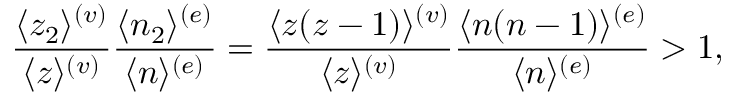
{ \frac { \langle z _ { 2 } \rangle ^ { ( v ) } } { \langle z \rangle ^ { ( v ) } } } { \frac { \langle n _ { 2 } \rangle ^ { ( e ) } } { \langle n \rangle ^ { ( e ) } } } = { \frac { \langle z ( z - 1 ) \rangle ^ { ( v ) } } { \langle z \rangle ^ { ( v ) } } } { \frac { \langle n ( n - 1 ) \rangle ^ { ( e ) } } { \langle n \rangle ^ { ( e ) } } } > 1 ,